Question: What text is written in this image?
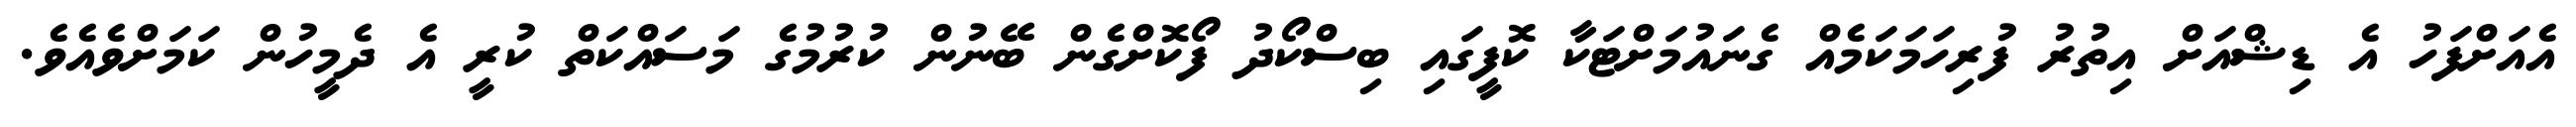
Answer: އެއަށްފަހު އެ ޑިޝްއަށް އިތުރު ފުރިހަމަކަމެއް ގެނައުމަށްޓަކާ ކޮފީގައި ބިސްކޯދު ފޯކޮށްގެން ބޭނުން ކުރުމުގެ މަސައްކަތް ކުރީ އެ ދެމީހުން ކަމަށްވެއެވެ.